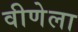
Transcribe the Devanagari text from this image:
वीणेला